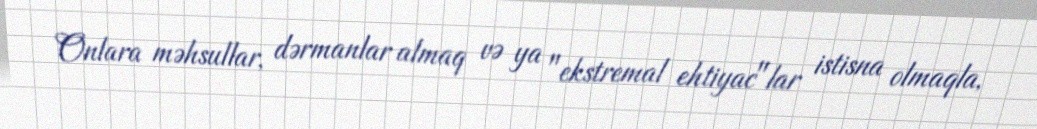
Onlara məhsullar, dərmanlar almaq və ya "ekstremal ehtiyac"lar istisna olmaqla,